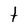
Character: t